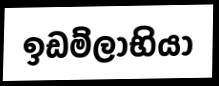
ඉඩම්ලාභියා